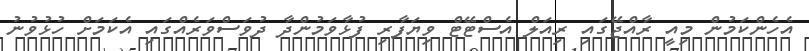
އެހެންކަމުން މިއީ ރާއްޖޭގައި ރިއަލް އެސްޓޭޓް ވިޔަފާރި ފުޅާވަމުންދާ ދުވަސްވަރެއްގައި އެކަމަށް ހުޅުވުނު